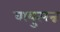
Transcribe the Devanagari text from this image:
वायुत्पन्न